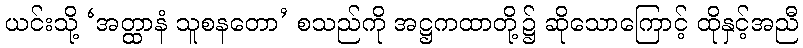
ယင်းသို့ ‘အတ္ထာနံ သူစနတော’ စသည်ကို အဋ္ဌကထာတို့၌ ဆိုသောကြောင့် ထိုနှင့်အညီ